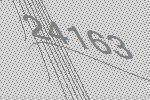
24163